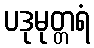
ပဒုမုတ္တရံ